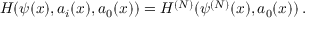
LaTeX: { \cal H } ( \psi ( x ) , a _ { i } ( x ) , a _ { 0 } ( x ) ) = { \cal H } ^ { ( N ) } ( \psi ^ { ( N ) } ( x ) , a _ { 0 } ( x ) ) \, .